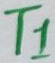
Text: T1